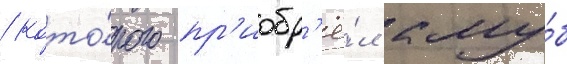
/ кото́рого пр'иобр'ё́л клу́б